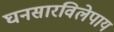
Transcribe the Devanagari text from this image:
घनसारविलेपाय